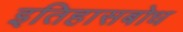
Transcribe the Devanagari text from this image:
इतिहासबोध